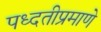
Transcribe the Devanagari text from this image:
पध्दतीप्रमाणे